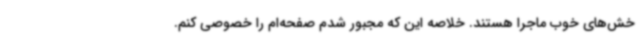
خش‌های خوب ماجرا هستند. خلاصه این که مجبور شدم صفحه‌ام را خصوصی کنم.